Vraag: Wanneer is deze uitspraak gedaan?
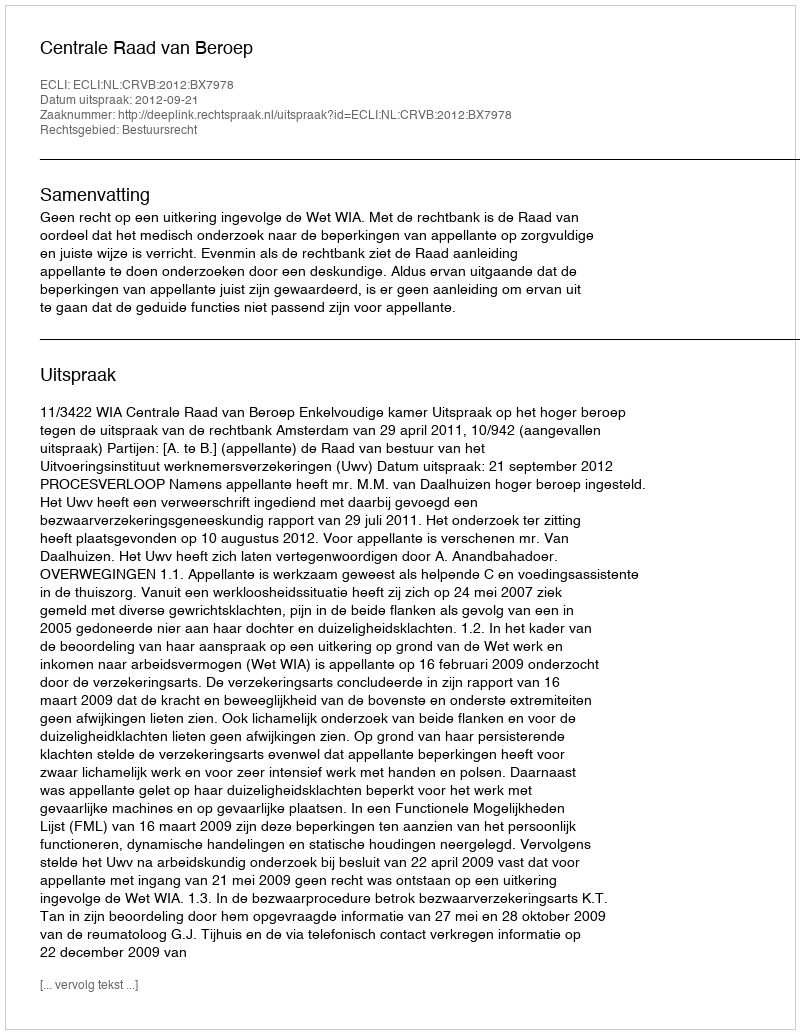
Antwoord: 2012-09-21